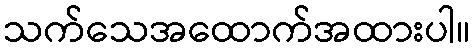
သက်သေအထောက်အထားပါ။